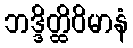
ဘဒ္ဒိတ္ထိဝိမာနံ